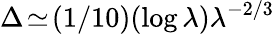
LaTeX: \Delta\! \simeq\! (1/10)(\log\lambda)\lambda^{-2/3}